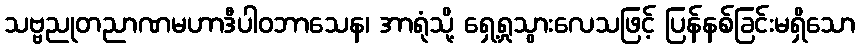
သဗ္ဗညုတညာဏမဟာဒီပါဝဘာသေန၊ အာရုံသို့ ရှေ့ရှုသွားလေသဖြင့် ပြန်နစ်ခြင်းမရှိသော